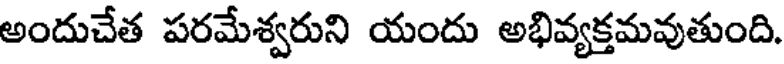
అందుచేత పరమేశ్వరుని యందు అభివ్యక్తమవుతుంది.